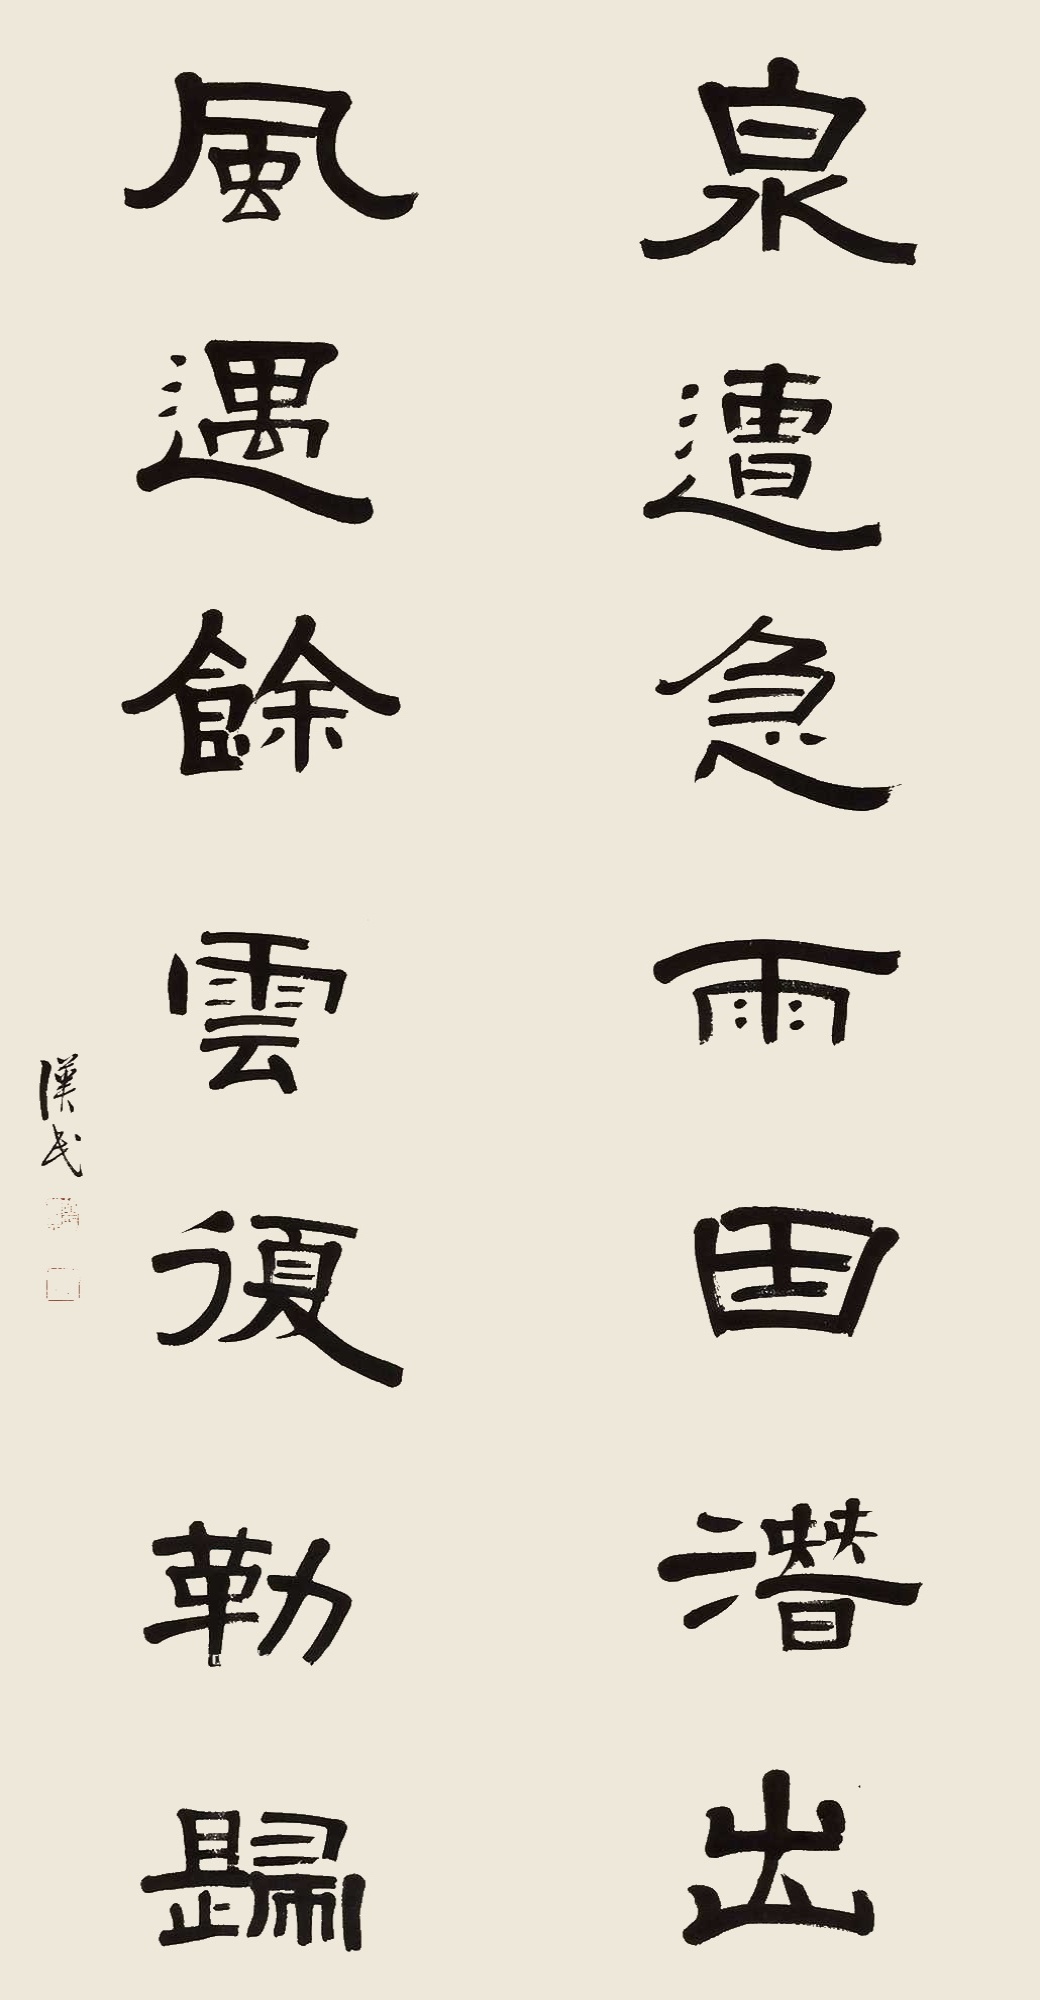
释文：泉遭急雨田潜出，风过余云复勒归。汉民